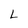
Character: L